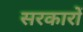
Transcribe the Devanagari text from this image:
सरकाराें